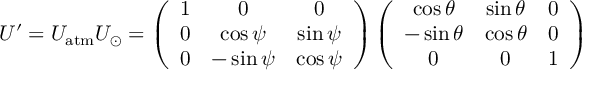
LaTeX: U ^ { \prime } = U _ { \mathrm { a t m } } U _ { \odot } = \left( \begin{array} { c c c } { { 1 } } & { { 0 } } & { { 0 } } \\ { { 0 } } & { { \cos \psi } } & { { \sin \psi } } \\ { { 0 } } & { { - \sin \psi } } & { { \cos \psi } } \end{array} \right) \left( \begin{array} { c c c } { { \cos \theta } } & { { \sin \theta } } & { { 0 } } \\ { { - \sin \theta } } & { { \cos \theta } } & { { 0 } } \\ { { 0 } } & { { 0 } } & { { 1 } } \end{array} \right)